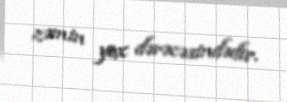
zəmin yox dərəcəsindədir.